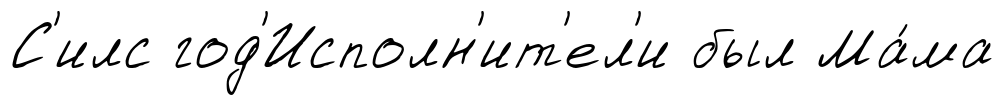
С'илс год'Исполн'ит'ел'и был Ма́ма